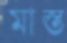
মাস্ত